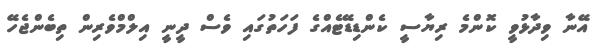
އޭނާ ވިދާޅުވީ ކޮންމެ ރިޔާސީ ކެންޑިޑޭޓެއްގެ ފަހަތުގައި ވެސް ދީނީ އިލްމްވެރިން ތިބެންޖެހޭ